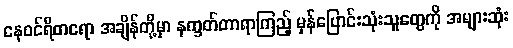
နေဝင်ရီတရော အချိန်တို့မှာ နက္ခတ်တာရာကြည့် မှန်ပြောင်းသုံးသူတွေကို အများဆုံး